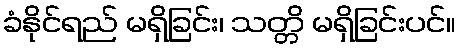
ခံနိုင်ရည် မရှိခြင်း၊ သတ္တိ မရှိခြင်းပင်။